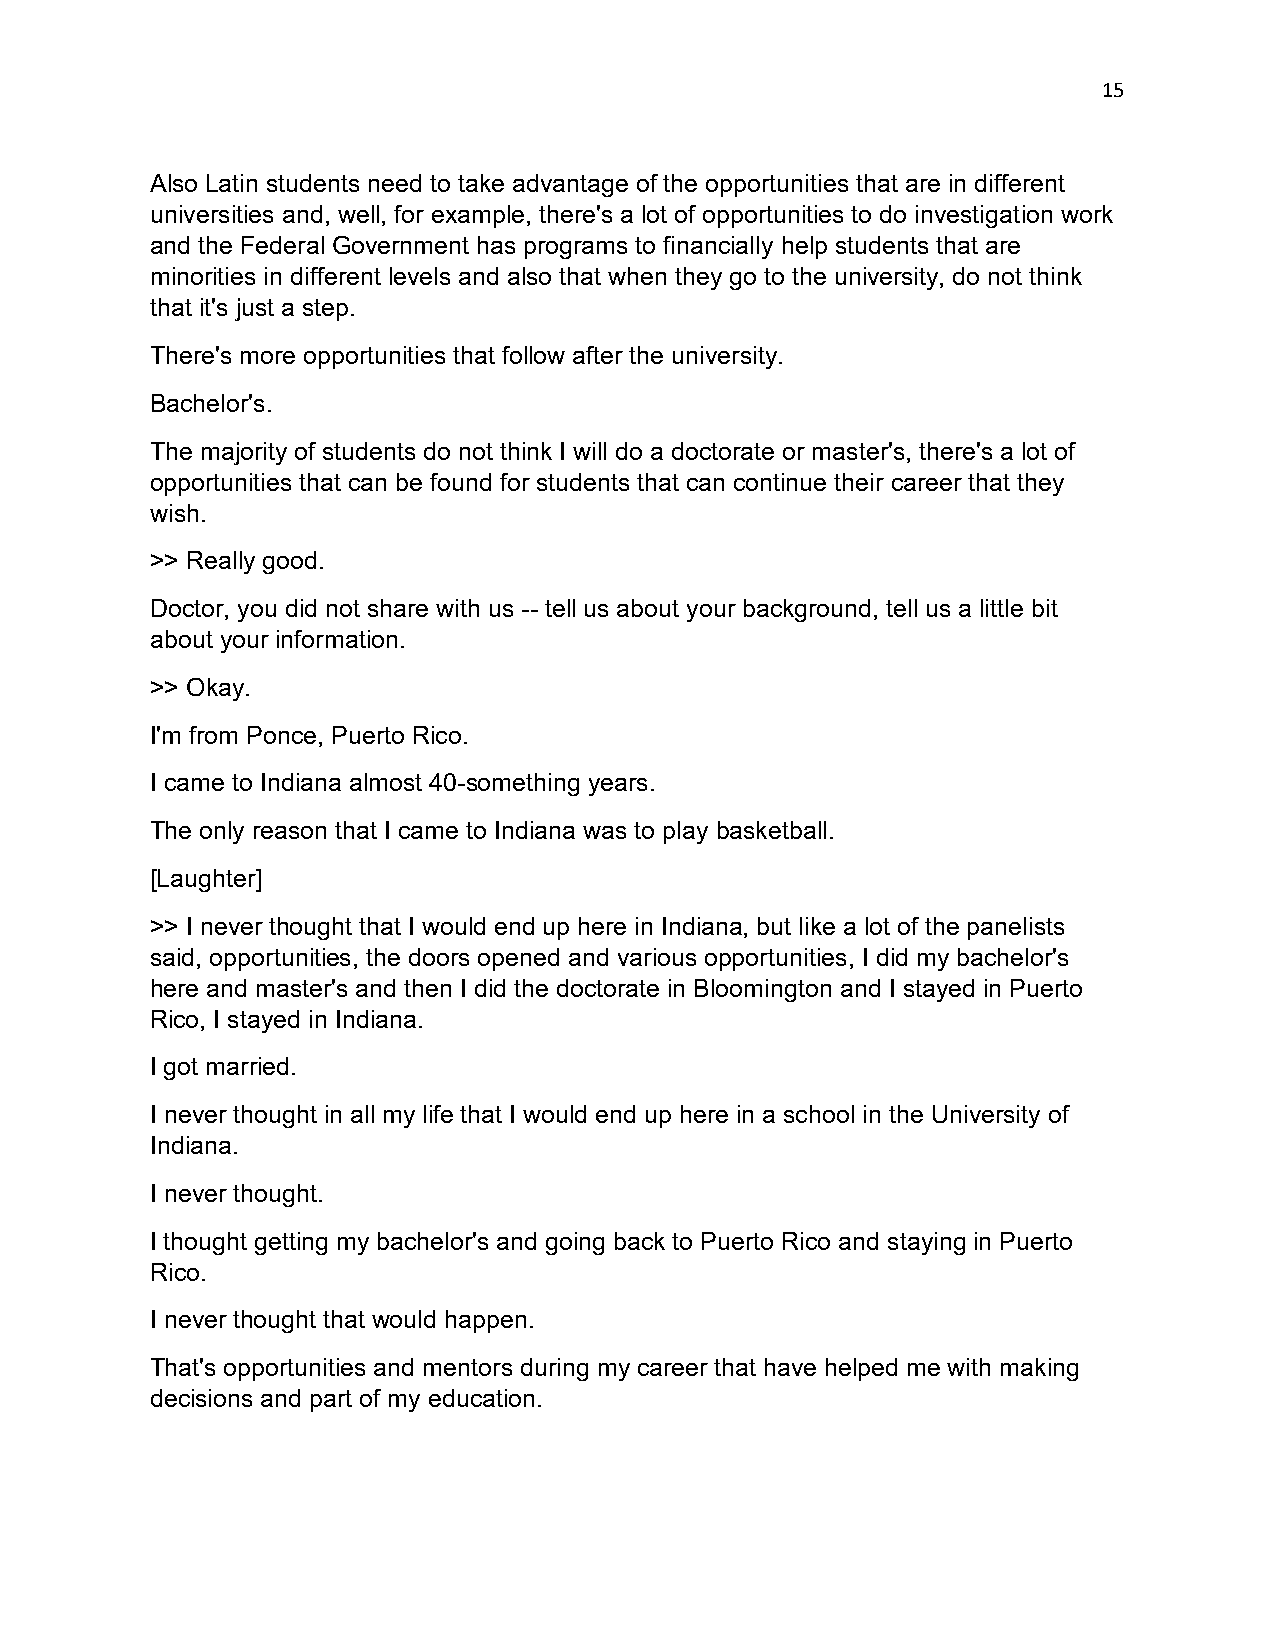
15
 Also Latin students need to take advantage of the opportunities that are in different
 universities and, well, for example, there's a lot of opportunities to do investigation work
 and the Federal Government has programs to financially help students that are
 minorities in different levels and also that when they go to the university, do not think
 that it's just a step.
 There's more opportunities that follow after the university.
 Bachelor's.
 The majority of students do not think I will do a doctorate or master's, there's a lot of
 opportunities that can be found for students that can continue their career that they
 wish.
 >> Really good.
 Doctor, you did not share with us -- tell us about your background, tell us a little bit
 about your information.
 >> Okay.
 I'm from Ponce, Puerto Rico.
 I came to Indiana almost 40-something years.
 The only reason that I came to Indiana was to play basketball.
 [Laughter]
 >> I never thought that I would end up here in Indiana, but like a lot of the panelists
 said, opportunities, the doors opened and various opportunities, I did my bachelor's
 here and master's and then I did the doctorate in Bloomington and I stayed in Puerto
 Rico, I stayed in Indiana.
 I got married.
 I never thought in all my life that I would end up here in a school in the University of
 Indiana.
 I never thought.
 I thought getting my bachelor's and going back to Puerto Rico and staying in Puerto
 Rico.
 I never thought that would happen.
 That's opportunities and mentors during my career that have helped me with making
 decisions and part of my education.